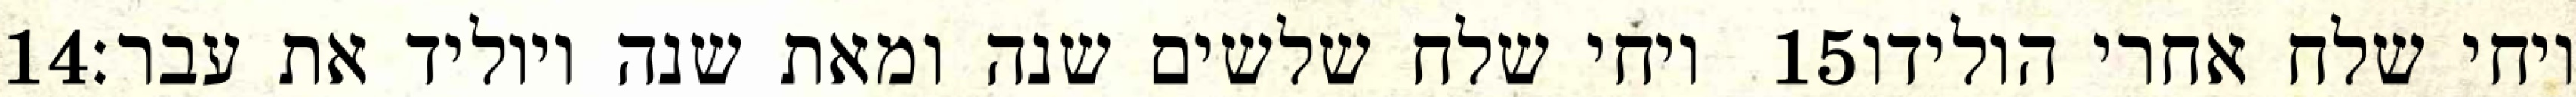
‎14‏ ויחי שלח שלשים שנה ומאת שנה ויוליד את עבר׃ ‎15‏ ויחי שלח אחרי הולידו